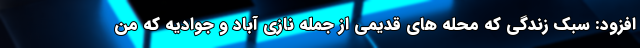
افزود: سبک زندگی که محله های قدیمی از جمله نازی آباد و جوادیه که من